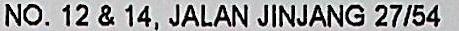
NO. 12 & 14, JALAN JINJANG 27/54